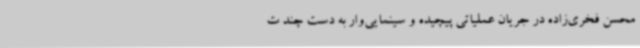
محسن فخری‌زاده در جریان عملیاتی پیچیده و سینمایی‌وار به دست چند ت